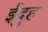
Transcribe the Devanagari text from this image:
ईदुह